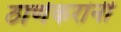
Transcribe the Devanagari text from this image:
ठाणेकरांनी